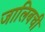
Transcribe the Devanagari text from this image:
जालिबची